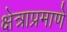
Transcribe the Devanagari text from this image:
क्षेत्राप्रमाणे